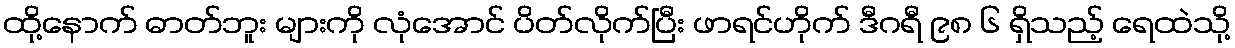
ထို့နောက် ဓာတ်ဘူး များကို လုံအောင် ပိတ်လိုက်ပြီး ဖာရင်ဟိုက် ဒီဂရီ ၉၈ ၆ ရှိသည့် ရေထဲသို့